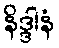
နိဒ္ဒါနံ